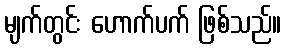
မျက်တွင်း ဟောက်ပက် ဖြစ်သည်။